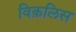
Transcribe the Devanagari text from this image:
विक़लिस